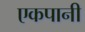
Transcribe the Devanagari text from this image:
एकपानी